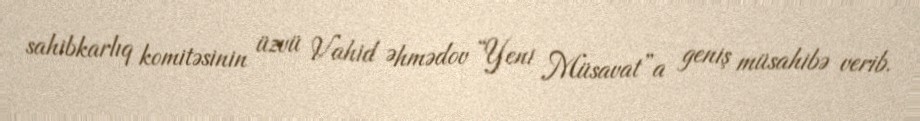
sahibkarlıq komitəsinin üzvü Vahid Əhmədov “Yeni Müsavat”a geniş müsahibə verib.